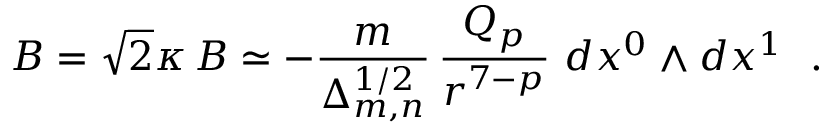
{ \cal B } = \sqrt { 2 } \kappa \, B \simeq - \frac { m } { \Delta _ { m , n } ^ { 1 / 2 } } \, \frac { Q _ { p } } { r ^ { 7 - p } } ~ d x ^ { 0 } \wedge d x ^ { 1 } ~ ~ .